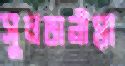
সুলতানীয়া